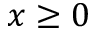
x \ge 0